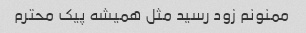
ممنونم زود رسید مثل همیشه پیک محترم